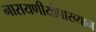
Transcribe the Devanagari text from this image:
नारायणीयोपाख्यान